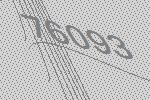
76093